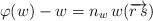
\begin{align*}\varphi(w)-w=n_w\,w(\overrightarrow{r\,s})\end{align*}